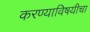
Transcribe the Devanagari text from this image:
करण्याविषयीचा